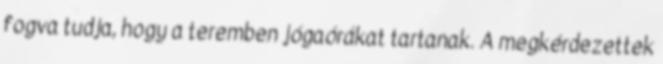
fogva tudja, hogy a teremben jógaórákat tartanak. A megkérdezettek